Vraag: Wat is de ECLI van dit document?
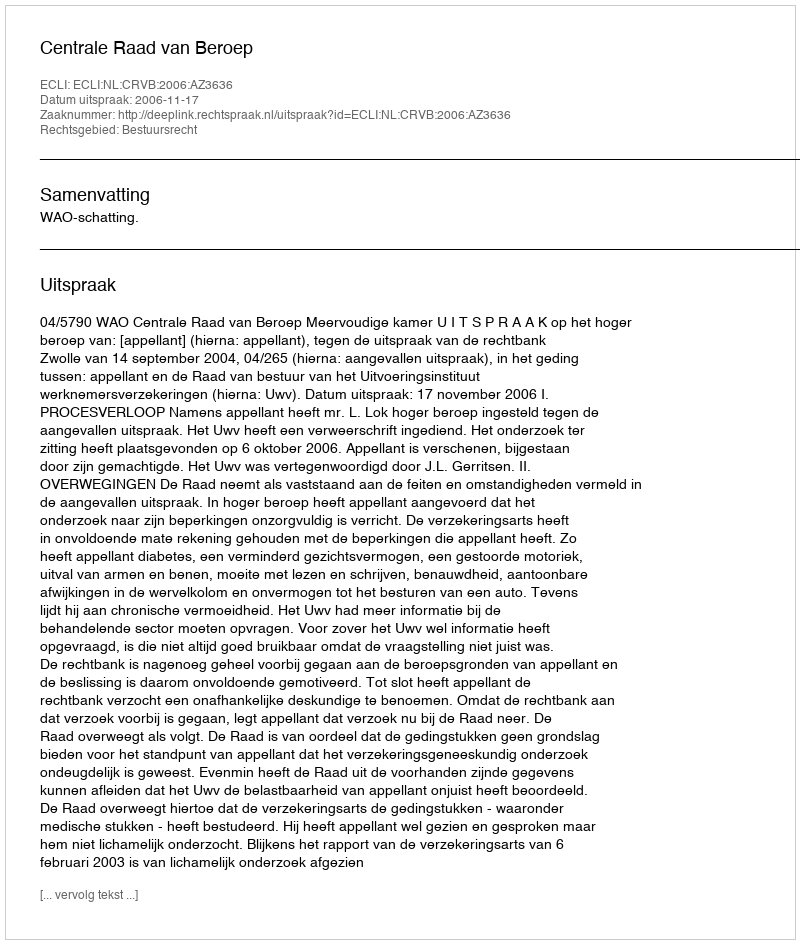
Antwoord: ECLI:NL:CRVB:2006:AZ3636